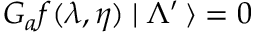
G _ { a } f ( \lambda , \eta ) \mid \Lambda ^ { \prime } \, \rangle = 0